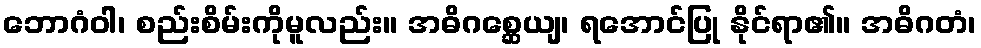
ဘောဂံဝါ၊ စည်းစိမ်းကိုမူလည်း။ အဓိဂစ္ဆေယျ၊ ရအောင်ပြု နိုင်ရာ၏။ အဓိဂတံ၊